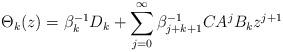
LaTeX: \begin{align*}\Theta_{k}(z)=\beta_{k}^{-1}D_k+\sum_{j=0}^\infty\beta_{j+k+1}^{-1} CA^jB_kz^{j+1}\end{align*}